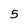
Character: 5